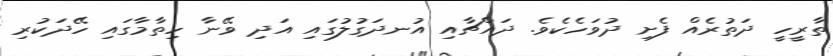
ތާރީހީ ދަތުރެއް ފެށި ދުވަހެކެވެ. ދައްޗާއި އުނދަގުލުގައި އަދި ވޭނާ ހިތާމާގައި ހޭދަކުރި